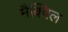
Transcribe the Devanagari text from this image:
मैक्बिल